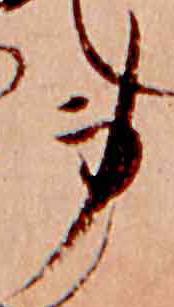
身